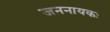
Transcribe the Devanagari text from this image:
जननायकः